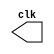
// --------------------------------------------------------------------------------------
// Guia 09 - Exericio 02 - gerador de pulsos com frequncia igual ao triplo da frequncia
// Nome: Eduardo de Abreu Fortes
// --------------------------------------------------------------------------------------

//--------
//--Clock
//--------

module clock ( clk );
output clk;
reg clk;

initial
begin

clk = 1'b0;

end

always

begin
#6 clk = ~clk;
end

endmodule //--fim module clock

//--------
//--Pulso
//--------

module pulse ( signal, clock );
input clock;
output signal;
reg signal;

always @ ( clock )

begin
signal = 1'b0;
#2 signal = 1'b1;
#2 signal = 1'b0;
#2 signal = 1'b1;
#2 signal = 1'b0; 
#2 signal = 1'b1;
end

endmodule //--fim module pulse

//--------------
//--Teste Pulse
//--------------

module testpulse;

wire clock;
clock clk ( clock );
wire p1;
pulse pulse1 ( p1, clock );

initial begin
$dumpfile ( "guia09_ex02.vcd" );
$dumpvars (1, clock, p1);
#480 $finish;
end
endmodule //--fim module teste pulse